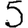
Digit: 5